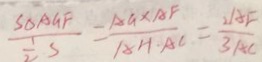
\frac { S _ { \Delta } A G F } { \frac { 1 } { 2 } s } = \frac { A G \times A F } { A H \cdot A C } = \frac { 2 A F } { 3 A C }